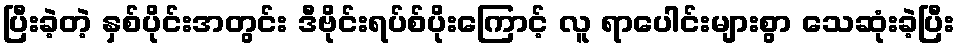
ပြီးခဲ့တဲ့ နှစ်ပိုင်းအတွင်း ဒီဗိုင်းရပ်စ်ပိုးကြောင့် လူ ရာပေါင်းများစွာ သေဆုံးခဲ့ပြီး